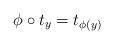
LaTeX: \begin{align*}\phi \circ t_y =t_{\phi(y)}\end{align*}